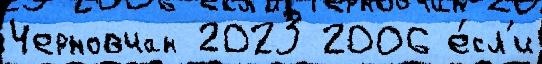
Черновчан 2023 2006 е́сл'и